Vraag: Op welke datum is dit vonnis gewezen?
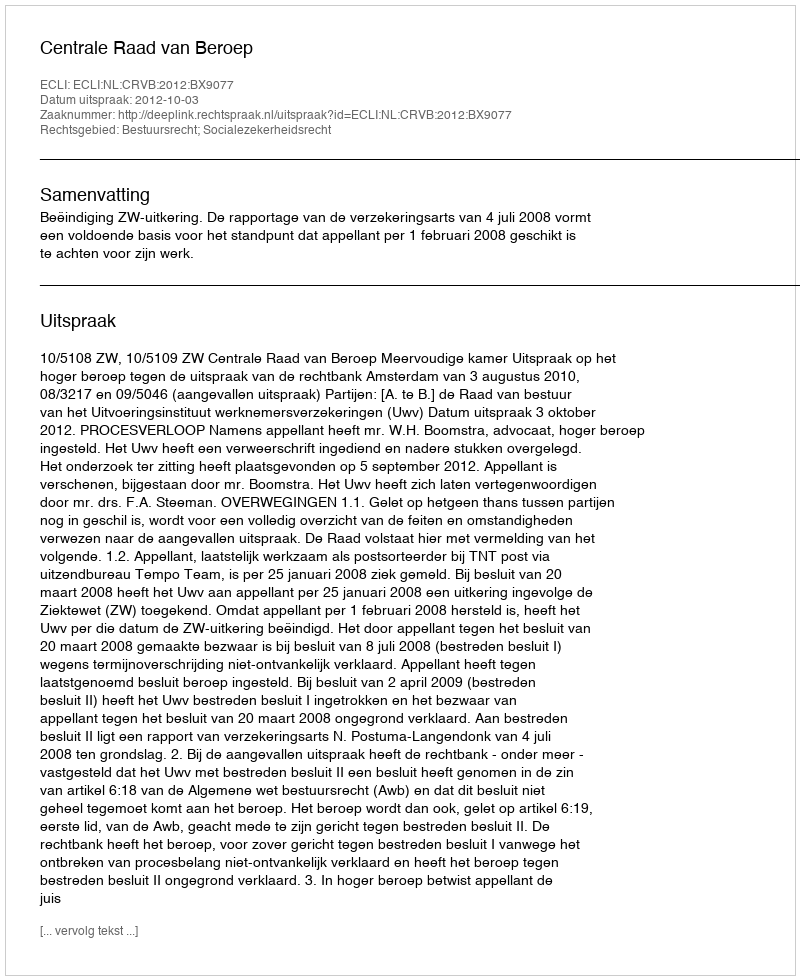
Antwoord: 2012-10-03